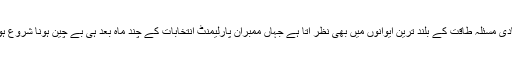
مگر یہ بنیادی مسئلہ طاقت کے بلند ترین ایوانوں میں بھی نظر آتا ہے جہاں ممبرانِ پارلیمنٹ انتخابات کے چند ماہ بعد ہی بے چین ہونا شروع ہوجاتے ہیں۔